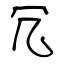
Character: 冗